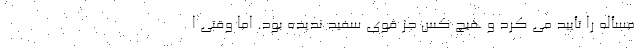
مسأله را تأیید می کرد و هیچ کس جز قُوی سفید ندیده بود. اما وقتی ا